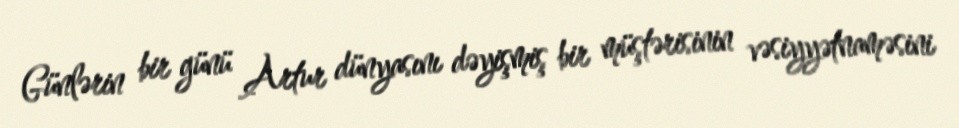
Günlərin bir günü Artur dünyasını dəyişmiş bir müştərisinin vəsiyyətnaməsini